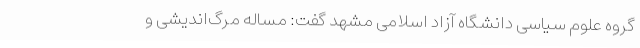
گروه علوم سیاسی دانشگاه آزاد اسلامی مشهد گفت: مساله مرگ‌اندیشی و